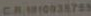
CR110935755